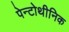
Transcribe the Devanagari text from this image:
पेन्टोथीनिक